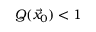
Q ( \vec { x } _ { 0 } ) < 1